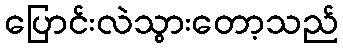
ပြောင်းလဲသွားတော့သည်